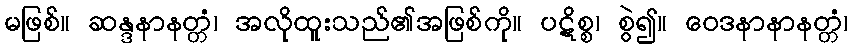
မဖြစ်။ ဆန္ဒနာနတ္တံ၊ အလိုထူးသည်၏အဖြစ်ကို။ ပဋိစ္စ၊ စွဲ၍။ ဝေဒနာနာနတ္တံ၊